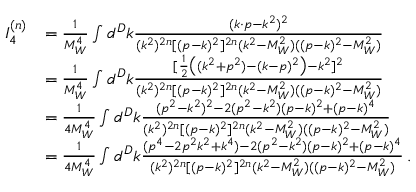
\begin{array} { r l } { I _ { 4 } ^ { ( n ) } } & { = \frac { 1 } { M _ { W } ^ { 4 } } \int d ^ { D } k \frac { ( k \cdot p - k ^ { 2 } ) ^ { 2 } } { ( k ^ { 2 } ) ^ { 2 n } [ ( p - k ) ^ { 2 } ] ^ { 2 n } ( k ^ { 2 } - M _ { W } ^ { 2 } ) ( ( p - k ) ^ { 2 } - M _ { W } ^ { 2 } ) } } \\ & { = \frac { 1 } { M _ { W } ^ { 4 } } \int d ^ { D } k \frac { [ \frac { 1 } { 2 } \big ( ( k ^ { 2 } + p ^ { 2 } ) - ( k - p ) ^ { 2 } \big ) - k ^ { 2 } ] ^ { 2 } } { ( k ^ { 2 } ) ^ { 2 n } [ ( p - k ) ^ { 2 } ] ^ { 2 n } ( k ^ { 2 } - M _ { W } ^ { 2 } ) ( ( p - k ) ^ { 2 } - M _ { W } ^ { 2 } ) } } \\ & { = \frac { 1 } { 4 M _ { W } ^ { 4 } } \int d ^ { D } k \frac { ( p ^ { 2 } - k ^ { 2 } ) ^ { 2 } - 2 ( p ^ { 2 } - k ^ { 2 } ) ( p - k ) ^ { 2 } + ( p - k ) ^ { 4 } } { ( k ^ { 2 } ) ^ { 2 n } [ ( p - k ) ^ { 2 } ] ^ { 2 n } ( k ^ { 2 } - M _ { W } ^ { 2 } ) ( ( p - k ) ^ { 2 } - M _ { W } ^ { 2 } ) } } \\ & { = \frac { 1 } { 4 M _ { W } ^ { 4 } } \int d ^ { D } k \frac { ( p ^ { 4 } - 2 p ^ { 2 } k ^ { 2 } + k ^ { 4 } ) - 2 ( p ^ { 2 } - k ^ { 2 } ) ( p - k ) ^ { 2 } + ( p - k ) ^ { 4 } } { ( k ^ { 2 } ) ^ { 2 n } [ ( p - k ) ^ { 2 } ] ^ { 2 n } ( k ^ { 2 } - M _ { W } ^ { 2 } ) ( ( p - k ) ^ { 2 } - M _ { W } ^ { 2 } ) } \, . } \end{array}